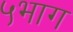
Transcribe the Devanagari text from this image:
५भाग